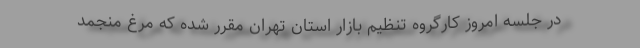
در جلسه امروز کارگروه تنظیم بازار استان تهران مقرر شده که مرغ منجمد